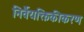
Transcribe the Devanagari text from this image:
निर्वैयक्तिकीकरण